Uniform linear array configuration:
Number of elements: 8
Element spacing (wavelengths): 0.25
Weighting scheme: blackman
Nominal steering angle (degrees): -45
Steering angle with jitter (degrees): -46.099
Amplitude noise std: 0.05
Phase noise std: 0.05

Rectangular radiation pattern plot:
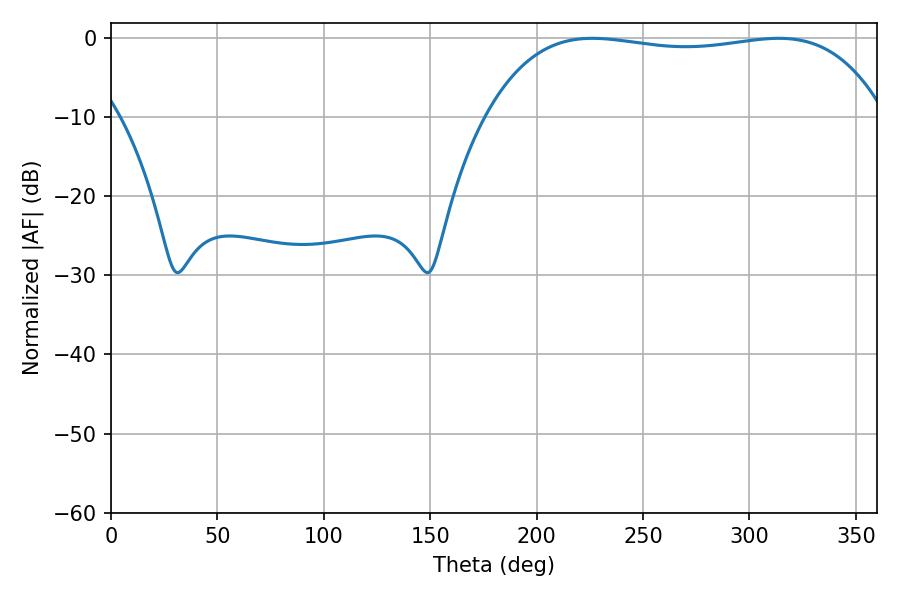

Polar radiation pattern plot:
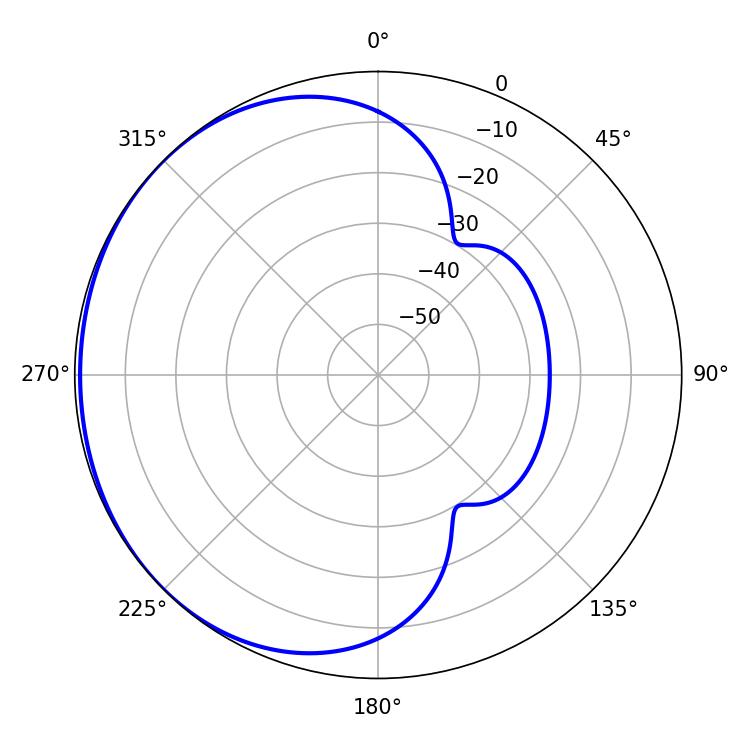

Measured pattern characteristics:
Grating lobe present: FALSE
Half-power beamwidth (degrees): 149.4
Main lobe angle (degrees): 226.26